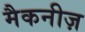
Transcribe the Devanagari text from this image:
मैकनीज़